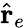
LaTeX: \hat{\textbf{r}}_{e}